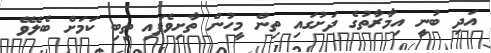
އަދި ބުނީ އިމާރާތުގެ ދަށުގައި ތިން މީހުން ތާށިވެފައި ތިބި ކަމަށް ބެލެވޭ